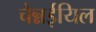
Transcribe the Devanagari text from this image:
चेन्नईयिल